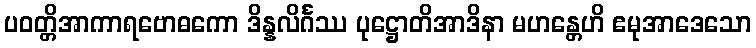
ပဝတ္တိအာကာရဗောဓကော ဒိန္နလိင်္ဂဿ ပုဋ္ဌောတိအာဒိနာ မဟန္တေဟိ ဧမုအာဒေသော